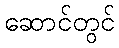
ဆောင်တွင်